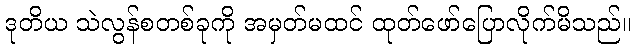
ဒုတိယ သဲလွန်စတစ်ခုကို အမှတ်မထင် ထုတ်ဖော်ပြောလိုက်မိသည်။